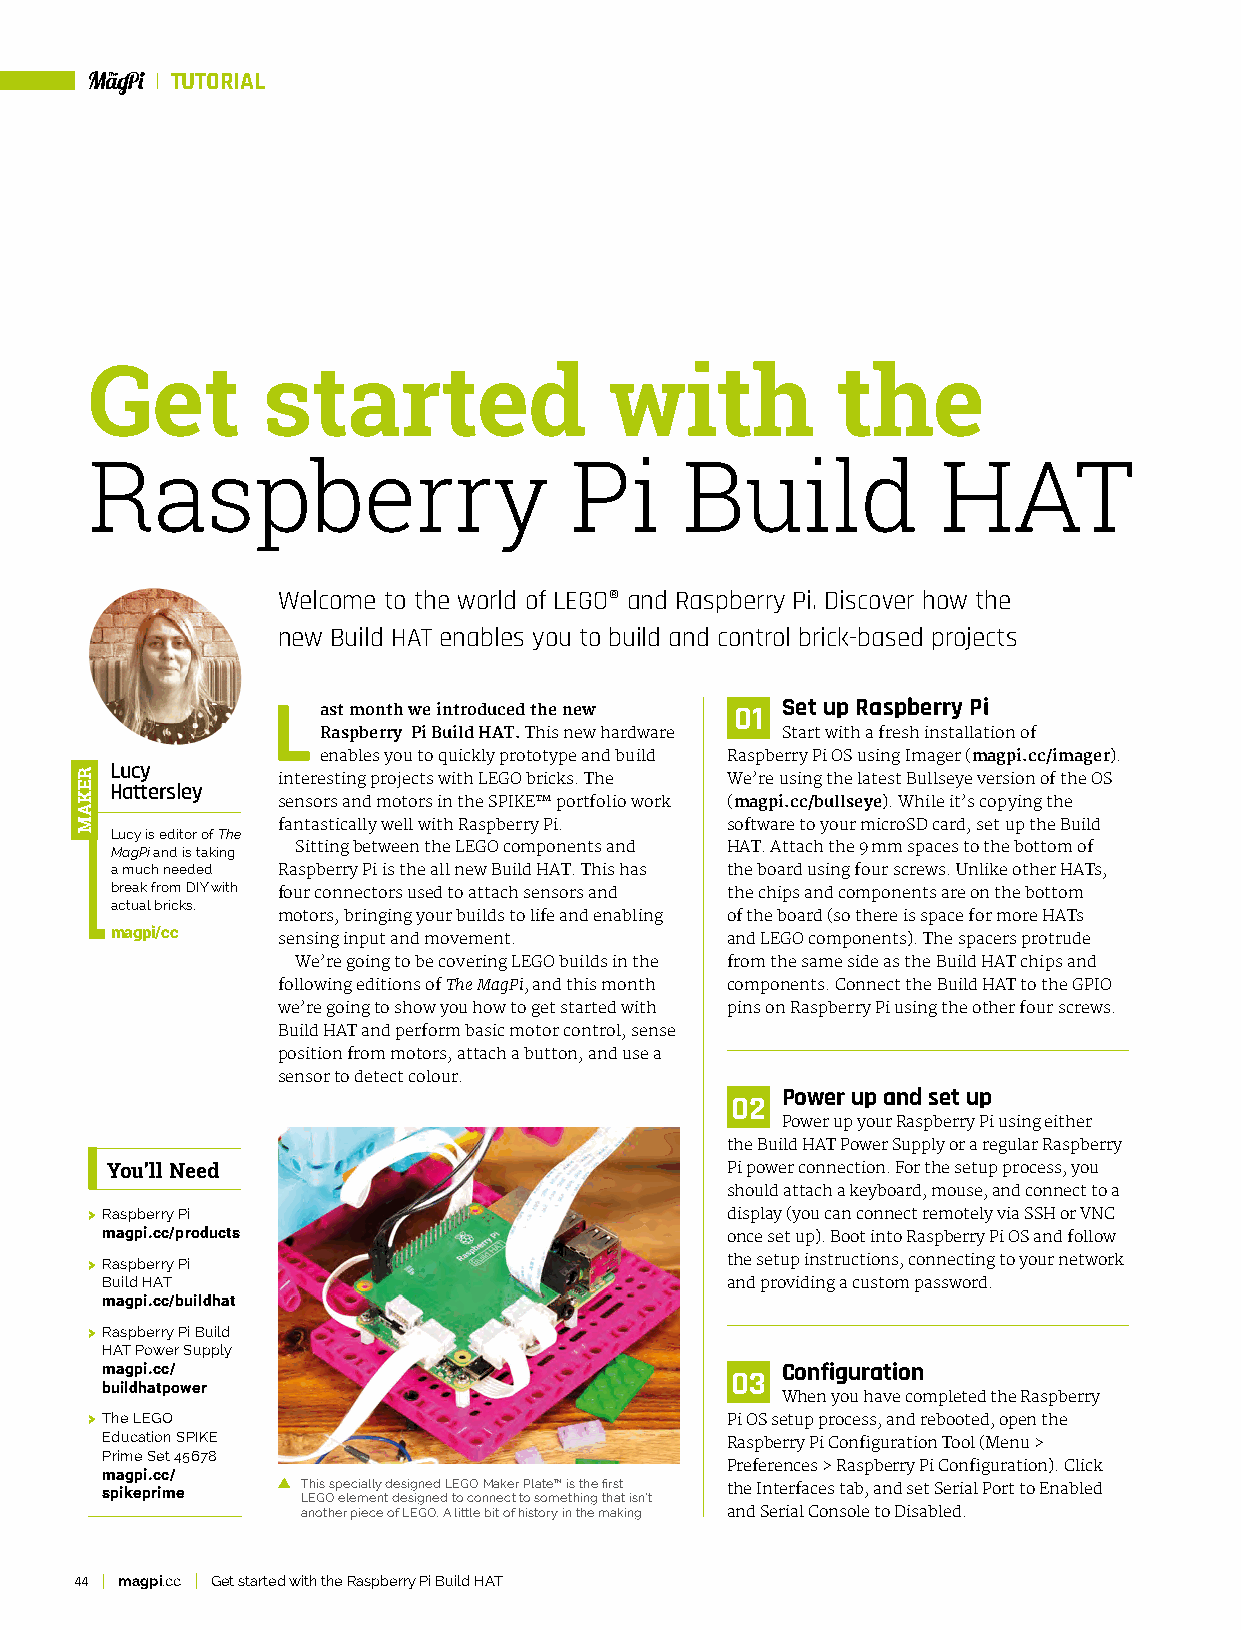
TUTORIAL
 Get        started                with           the
 Raspberry                       Pi     Build            HAT
 Welcome to the world of LEGO® and Raspberry Pi. Discover how the
 new Build HAT enables you to build and control brick-based projects
 L  ast month we introduced the new 01 Set up Raspberry Pi
 Raspberry Pi Build HAT. This new hardware Start with a fresh installation of
 enables you to quickly prototype and build Raspberry Pi OS using Imager (magpi.cc/imager).
 Lucy       interesting projects with LEGO bricks. The We’re using the latest Bullseye version of the OS
 Hattersley
 sensors and motors in the SPIKE™ portfolio work (magpi.cc/bullseye). While it’s copying the
 fantastically well with Raspberry Pi. software to your microSD card, set up the Build
 Lucy is editor of The
 MagPi and is taking Sitting between the LEGO components and HAT. Attach the 9 mm spaces to the bottom of
 a much needed Raspberry Pi is the all new Build HAT. This has the board using four screws. Unlike other HATs,
 break from DIY with four connectors used to attach sensors and the chips and components are on the bottom
 actual bricks.
 motors, bringing your builds to life and enabling of the board (so there is space for more HATs
 magpi/cc
 sensing input and movement.   and LEGO components). The spacers protrude
 We’re going to be covering LEGO builds in the from the same side as the Build HAT chips and
 following editions of The MagPi, and this month components. Connect the Build HAT to the GPIO
 we’re going to show you how to get started with pins on Raspberry Pi using the other four screws.
 Build HAT and perform basic motor control, sense
 position from motors, attach a button, and use a
 sensor to detect colour.
 Power up and set up
 02
 Power up your Raspberry Pi using either
 the Build HAT Power Supply or a regular Raspberry
 You’ll Need                              Pi power connection. For the setup process, you
 should attach a keyboard, mouse, and connect to a
 > Raspberry Pi                            display (you can connect remotely via SSH or VNC
 magpi.cc/products                        once set up). Boot into Raspberry Pi OS and follow
 > Raspberry Pi                            the setup instructions, connecting to your network
 Build HAT                                and providing a custom password.
 magpi.cc/buildhat
 > Raspberry Pi Build
 HAT Power Supply
 magpi.cc/                                    Configuration
 03
 buildhatpower
 When you have completed the Raspberry
 > The LEGO                                Pi OS setup process, and rebooted, open the
 Education SPIKE
 Raspberry Pi Configuration Tool (Menu >
 Prime Set 45678
 Preferences > Raspberry Pi Configuration). Click
 magpi.cc/
 spikeprime   T LEhi Gs Osp ee lec mial ely n td de esi sg ign ne ed d L tE oG cO o nM na ek ce tr t P ol a sote m™ e i ts h t inh ge tfi hrs at t isn’t the Interfaces tab, and set Serial Port to Enabled
 another piece of LEGO. A little bit of history in the making and Serial Console to Disabled.
 44 magpi.cc Get started with the Raspberry Pi Build HAT
 REKAM